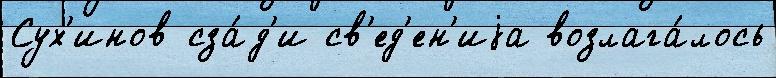
Сух'инов сза́д'и св'ед'ен'иjа возлага́лось